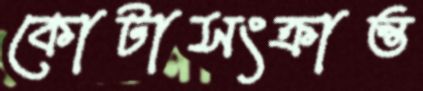
কোটাসংক্রান্ত